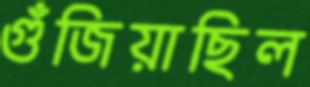
গুঁজিয়াছিল